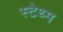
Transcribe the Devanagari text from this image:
स्टेथ्म